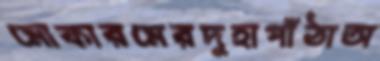
মোকারমেরদুহাপাঁঠাঅ